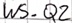
Text: WS_Q2